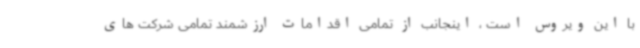
با این ویروس است ، اینجانب از تمامی اقدامات ارزشمند تمامی شرکت های